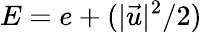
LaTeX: E=e+(|\vec{u}|^{2}/2)